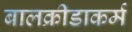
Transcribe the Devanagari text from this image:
बालक्रीडाकर्म